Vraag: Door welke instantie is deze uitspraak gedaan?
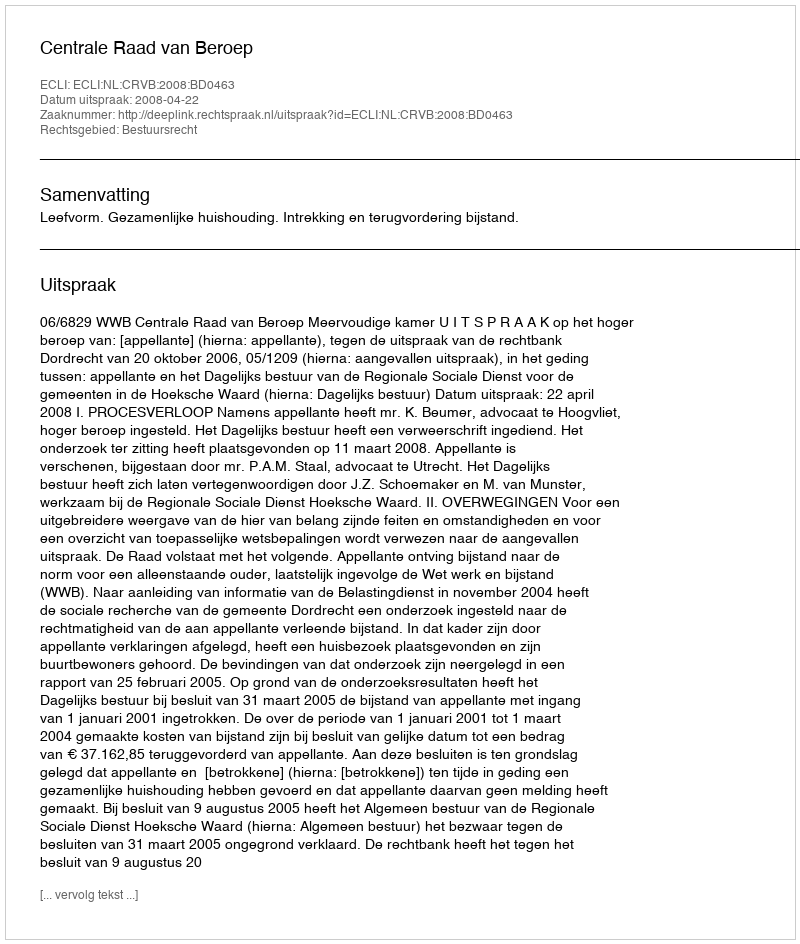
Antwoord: Centrale Raad van Beroep